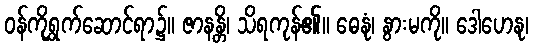
ဝန်ကိုရွှက်ဆောင်ရာ၌။ ဇာနန္တိ၊ သိရကုန်၏။ ဓေနုံ၊ နွားမကို။ ဒေါဟေနု၊